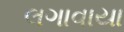
લગાવાયા